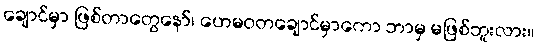
ချောင်မှာ ဖြစ်တာတွေနော်၊ ဟေမဝတချောင်မှာကော ဘာမှ မဖြစ်ဘူးလား။